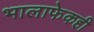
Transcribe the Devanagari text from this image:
भालाफेकही